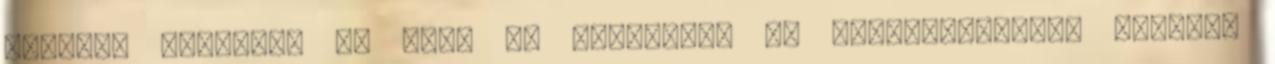
szaftos lendület és súly is megmaradt Ha instrumentális zenéről